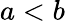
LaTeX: a<b